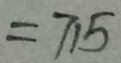
= 7 1 5